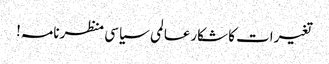
تغیرات کا شکارعالمی سیاسی منظرنامہ!